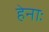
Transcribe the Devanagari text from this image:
हेनाः